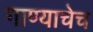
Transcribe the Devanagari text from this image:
गाण्याचेच